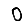
Digit: 0